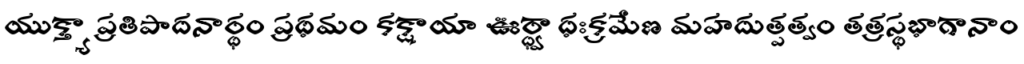
యుక్త్యా ప్రతిపాదనార్థం ప్రథమం కక్షాయా ఊర్ధ్వాధఃక్రమేణ మహదుత్పత్వం తత్రస్థభాగానాం